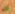
قد